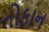
તોફાન